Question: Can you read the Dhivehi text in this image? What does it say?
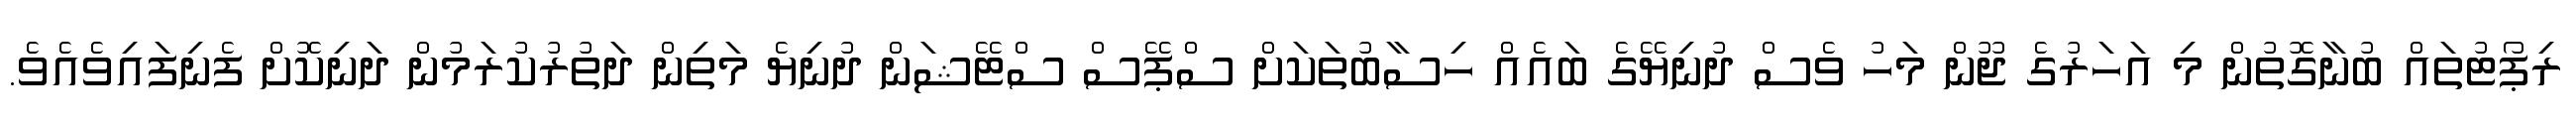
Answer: ރިޕޯޓުތައް ބުނާގޮތުން މި އަހަރުގެ ޖޫން މަހު ވެސް ދުނިޔޭގެ ބައެއް ހިސާބުތަކަށް ސްޕޭސް ސްޓޭޝަން ދުނިޔެ މަތިން ދަތުރުކުރަމުން ދަނިކޮށް ފެނިފައިވެއެވެ.